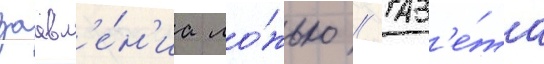
заавл'е́н'иа ло́жью // Газ'е́та